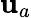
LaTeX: \mathbf{u}_{a}